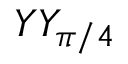
Y Y _ { \pi / 4 }